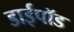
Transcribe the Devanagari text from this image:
डाईपॉड